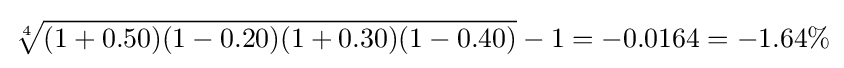
{\sqrt[{4}]{(1+0.50)(1-0.20)(1+0.30)(1-0.40)}}-1=-0.0164=-1.64\%